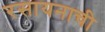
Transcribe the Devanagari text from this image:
रसायनाची